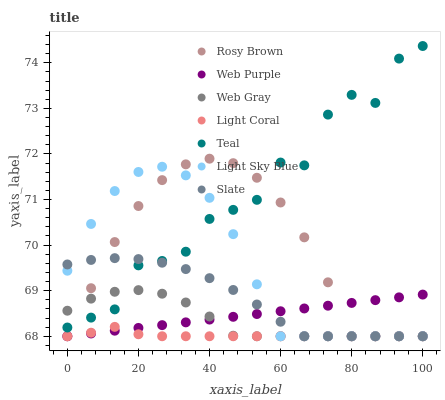
| xaxis_label | Rosy Brown | Web Purple | Web Gray | Light Coral | Teal | Light Sky Blue | Slate |
 | --- | --- | --- | --- | --- | --- | --- | --- |
 | 0 | 68 | 68 | 68.6 | 68 | 68.2 | 69.4 | 69.6 |
 | 6.67 | 69.1 | 68.1 | 68.8 | 68.1 | 68.4 | 70.5 | 69.7 |
 | 13.3 | 70.1 | 68.1 | 69 | 68.2 | 68.6 | 71.2 | 69.7 |
 | 20 | 70.9 | 68.2 | 69 | 68 | 69.6 | 71.6 | 69.7 |
 | 26.7 | 71.4 | 68.2 | 68.9 | 68 | 69.7 | 71.7 | 69.6 |
 | 33.3 | 71.8 | 68.3 | 68.7 | 68 | 69.9 | 71.5 | 69.5 |
 | 40 | 71.9 | 68.4 | 68.4 | 68 | 70.6 | 71 | 69.3 |
 | 46.7 | 71.8 | 68.4 | 68 | 68 | 70.8 | 70.2 | 69 |
 | 53.3 | 71.5 | 68.5 | 68 | 68 | 71 | 69.1 | 68.7 |
 | 60 | 70.9 | 68.5 | 68 | 68 | 71.8 | 68 | 68.3 |
 | 66.7 | 70.2 | 68.6 | 68 | 68 | 71.8 | 68 | 68 |
 | 73.3 | 69.2 | 68.7 | 68 | 68 | 72.9 | 68 | 68 |
 | 80 | 68 | 68.7 | 68 | 68 | 73.3 | 68 | 68 |
 | 86.7 | 68 | 68.8 | 68 | 68 | 73.1 | 68 | 68 |
 | 93.3 | 68 | 68.9 | 68 | 68 | 74.1 | 68 | 68 |
 | 100 | 68 | 68.9 | 68 | 68 | 74.4 | 68 | 68 |